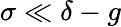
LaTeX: \sigma\ll\delta-g